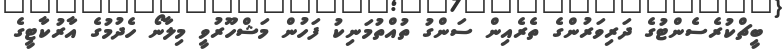
ބީޗްކުރެސެންޓުގެ ދަރިވަރުންގެ ތެރެއިން ސަންގު ތުއްތުމަނިކު ފަހުން މަޝްހޫރުވީ މިލާނޯ ހެދުމުގެ އާރުކާޓީގެ